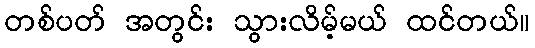
တစ်ပတ် အတွင်း သွားလိမ့်မယ် ထင်တယ်။